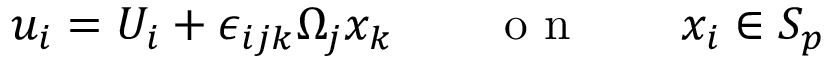
u _ { i } = U _ { i } + \epsilon _ { i j k } \Omega _ { j } x _ { k } \qquad \mathrm { ~ o ~ n ~ } \qquad x _ { i } \in S _ { p }